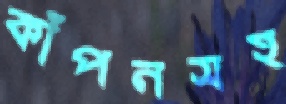
কাঁপনসহ